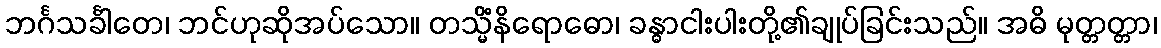
ဘင်္ဂသင်္ခါတေ၊ ဘင်ဟုဆိုအပ်သော။ တသ္မိံနိရောဓော၊ ခန္ဓာငါးပါးတို့၏ချုပ်ခြင်းသည်။ အဓိ မုတ္တတ္တာ၊